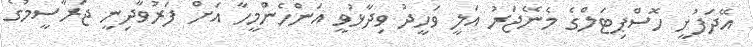
އޭދަފުށީ ހޮސްޕިޓަލްގެ މެނޭޖަރު އަލީ ވަހީދު ވިދާޅުވީ އަންހެންމީހާ އަށް ފަރުވާދިނީ ޖަރާސީމުގެ